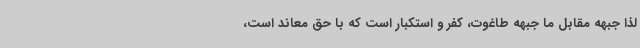
لذا جبهه مقابل ما جبهه طاغوت، کفر و استکبار است که با حق معاند است،